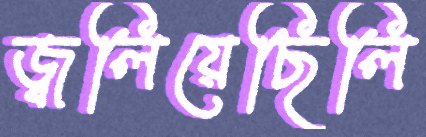
জ্বলিয়েছিলি